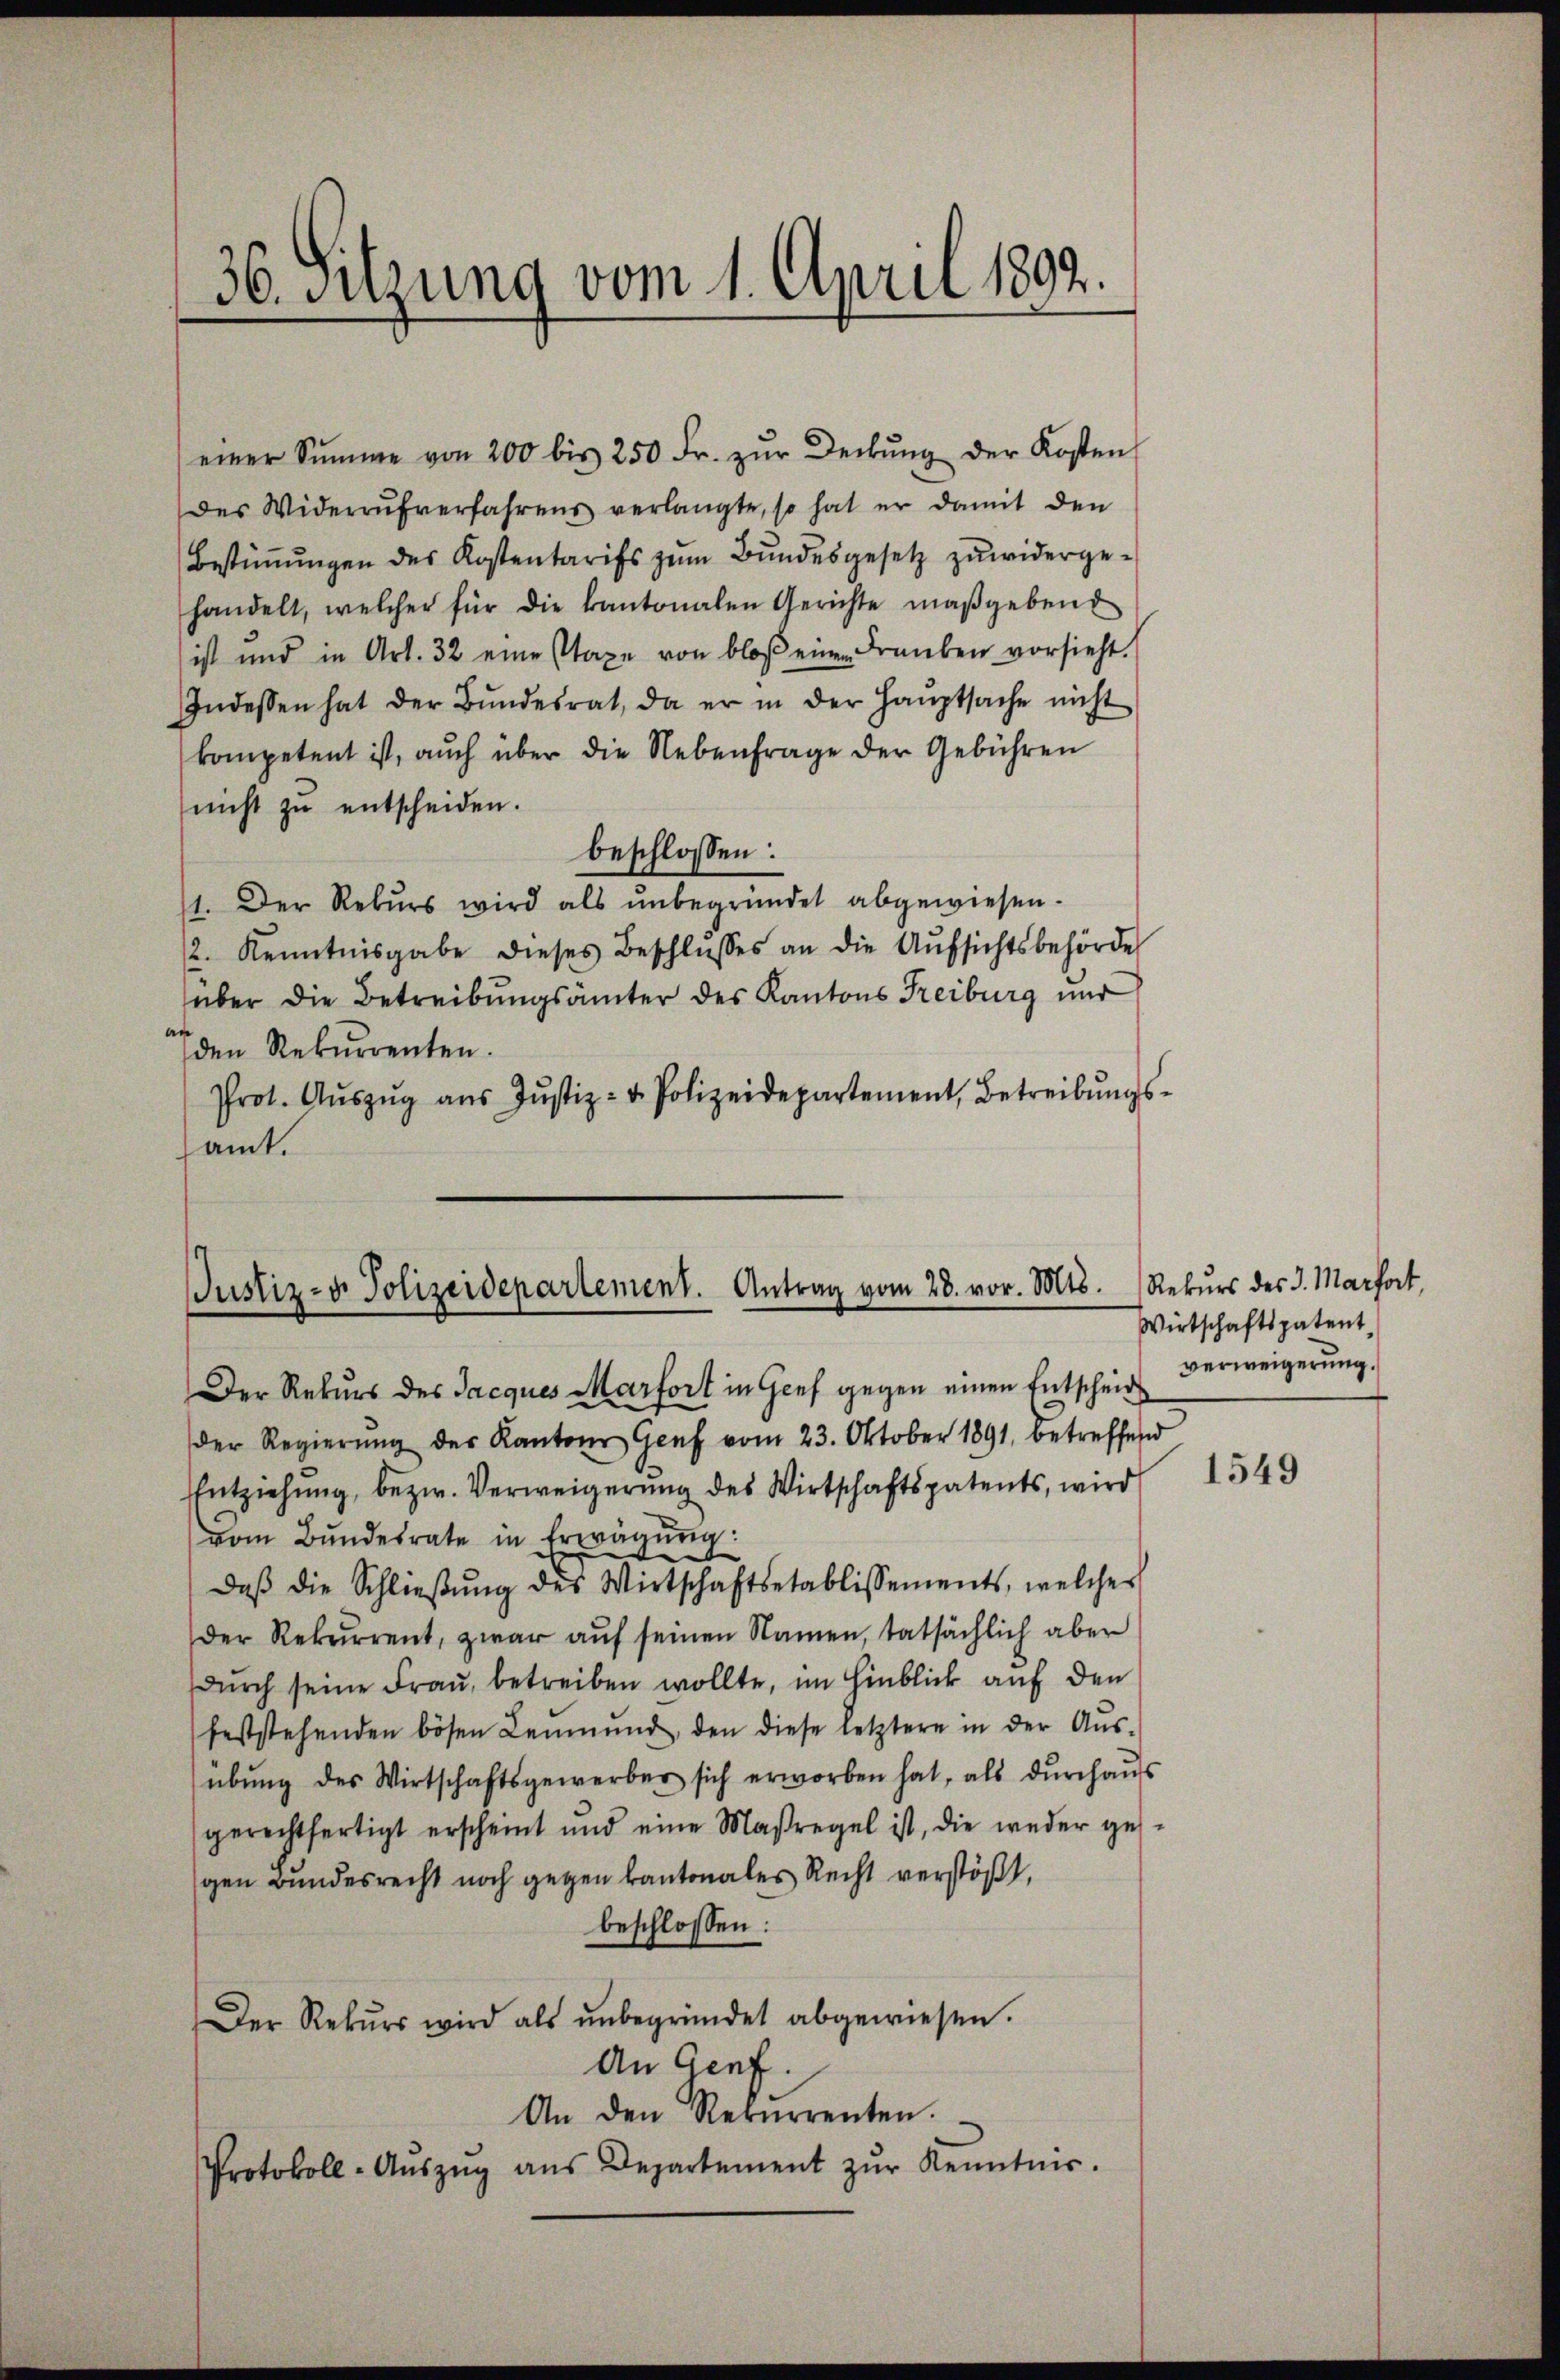
36. Suzung vom 1. April 1892.

Justiz- & Polizeidepartement. Antrag vom 28. vor. Mts.

einer Summe von 200 bis 250 Fr. zŭr Deckŭng der Kosten
des Widerrŭfverfahrens verlangte, so hat er damit den
Bestiṁŭngen des Kostentarifs zŭm Bŭndesgesetz zŭwiderge-
handelt, welcher für die kantonalen Gerichte maßgeben
ist und in Art. 32 eine staxe von bloβ einen Franken vorsieht.
Indessen hat der Bŭndesrat, da er in der Hauptsache nicht
kompetent ist, aŭch über die Nebenfrage der Gebühren
nicht zŭ entscheiden.
beschlossen:
1. Der Rekurs wird als unbegründet abgewiesen.
12. Kenntnisgabe dieses Beschlŭsses an die Aŭfsichtsbehörde
über die Betreibungsämter des Kantons Freiburg und
 den Rekurrenten.
Prot. Aŭszŭg aŭs Jŭstiz- & Polizeidepartement, Betreibŭngs-
amt.

Der Rekurs des Jacques Marfort in Genf gegen einen Entscheid
der Regierŭng des Kantons Genf vom 23. Oktober 1891, betreffend
Entziehung, bezw. Verweigerung des Wirtschaftspatents, wird
vom Bundesrate in Erwägŭng:
daβ die Schlieβŭng des Wirtschaftsetablissements, welches
Der Rekŭrrent, zwar aŭf seinen Namen, tatsächlich aber
dŭrch seine Frau, betreiben wollte, im Hinblick auf den
feststehenden bösen Leumund, den diese letztere in der Aŭs-
übŭng des Wirtschaftsgewerber sich erworben hat, als dŭrchaŭs
gerechtfertigt erscheint und eine Maßregel ist, die weder gesgen Bundesrecht noch gegen kantonales Recht verstößt.
beschlossen:
Der Rekŭrs wird als ŭnbegründet abgewiesen.
An Genf.
An den Rekurrenten.
Protokoll-Aŭszŭg aŭs Departement zŭr Kenntnis.

Rekurs des 3. Marfort,
Wirtschaftspatent
verweigerung.

1549